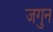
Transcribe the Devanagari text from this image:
जगुन